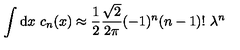
\int \mathrm { d } x \ c _ { n } ( x ) \approx { \frac { 1 } { 2 } } { \frac { \sqrt { 2 } } { 2 \pi } } ( - 1 ) ^ { n } ( n - 1 ) ! \ \lambda ^ { n }